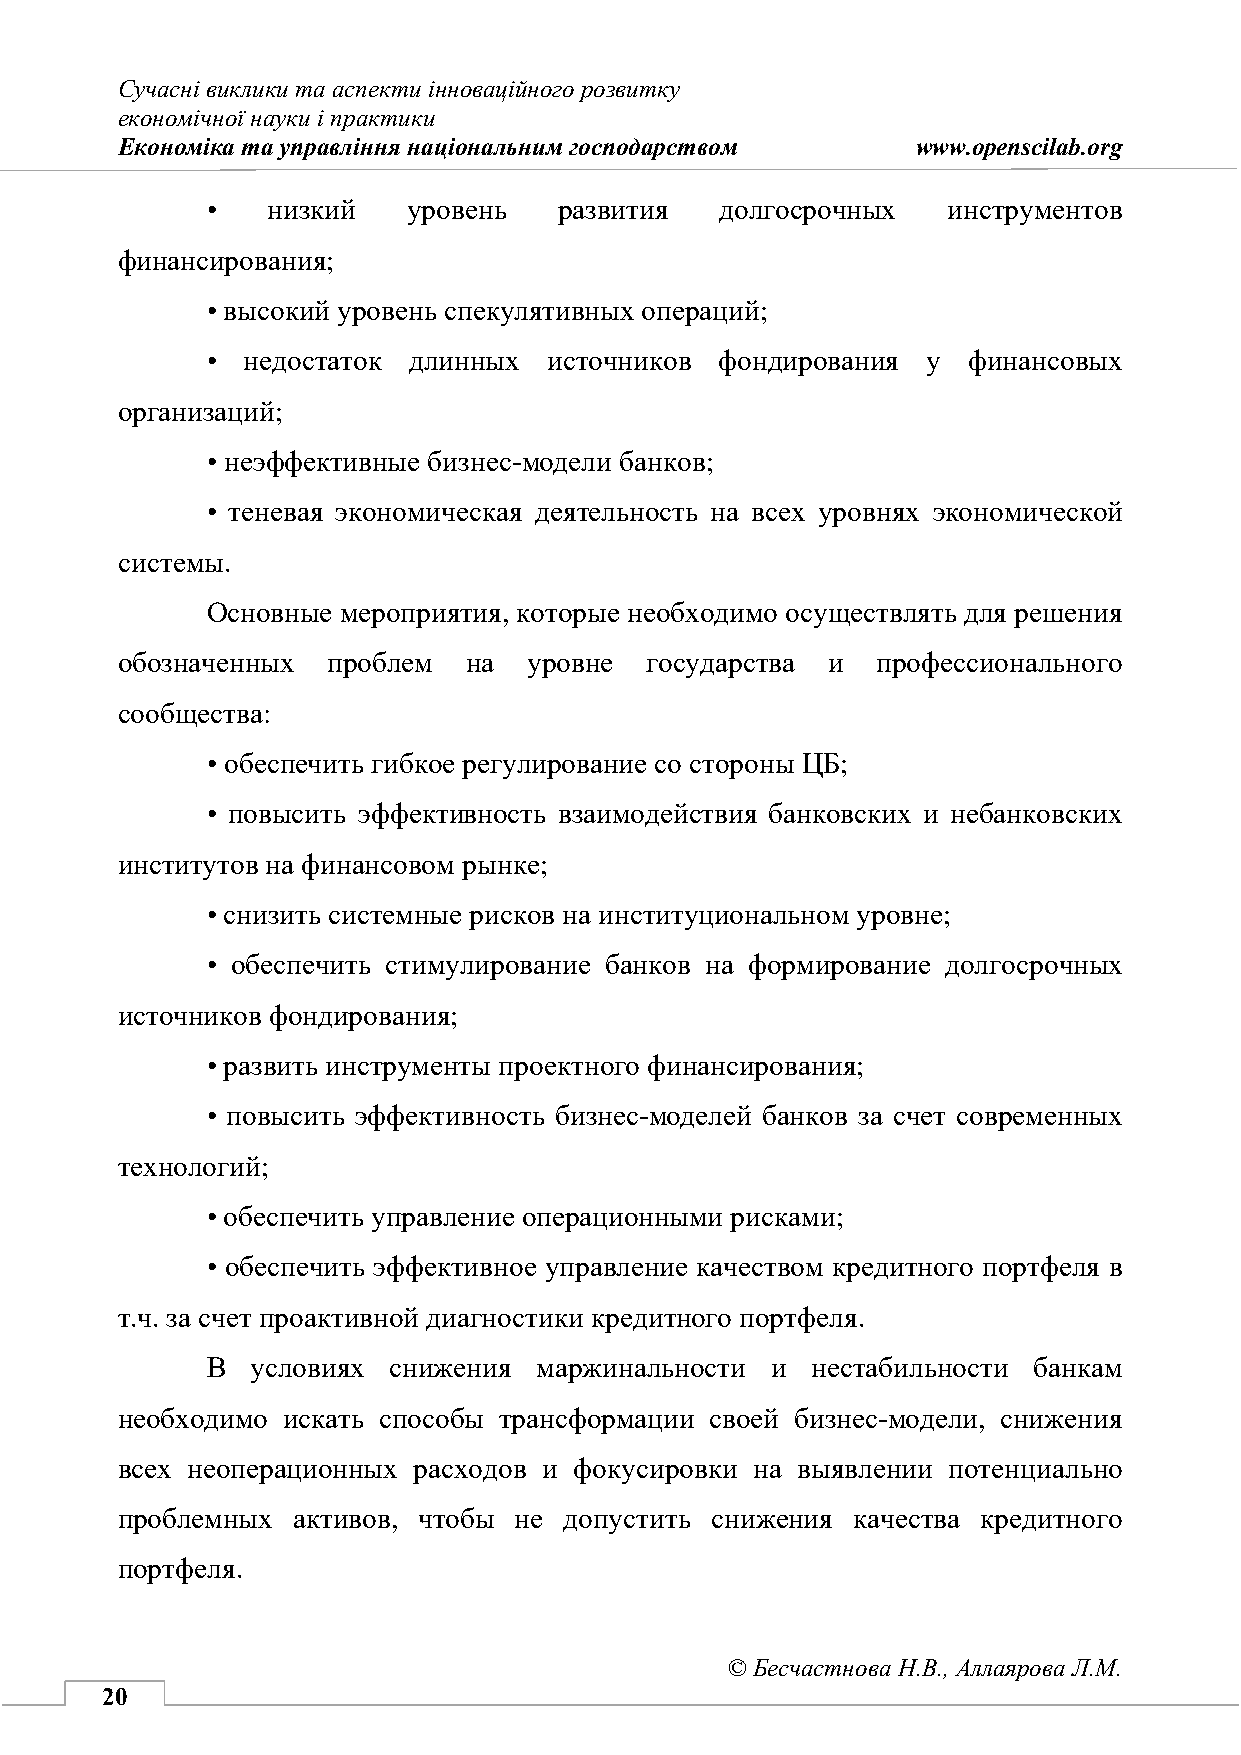
Сучасні виклики та аспекти інноваційного розвитку
 економічної науки і практики
 Економіка та управління національним господарством   www.openscilab.org
 •   низкий   уровень   развития   долгосрочных   инструментов
 финансирования;
 • высокий уровень спекулятивных операций;
 • недостаток длинных  источников  фондирования у  финансовых
 организаций;
 • неэффективные бизнес-модели банков;
 • теневая экономическая деятельность на всех уровнях экономической
 системы.
 Основные мероприятия, которые необходимо осуществлять для решения
 обозначенных  проблем  на  уровне  государства и  профессионального
 сообщества:
 • обеспечить гибкое регулирование со стороны ЦБ;
 • повысить эффективность взаимодействия банковских и небанковских
 институтов на финансовом рынке;
 • снизить системные рисков на институциональном уровне;
 • обеспечить стимулирование банков на формирование долгосрочных
 источников фондирования;
 • развить инструменты проектного финансирования;
 • повысить эффективность бизнес-моделей банков за счет современных
 технологий;
 • обеспечить управление операционными рисками;
 • обеспечить эффективное управление качеством кредитного портфеля в
 т.ч. за счет проактивной диагностики кредитного портфеля.
 В  условиях снижения  маржинальности и  нестабильности банкам
 необходимо искать способы трансформации своей бизнес-модели, снижения
 всех неоперационных расходов и фокусировки на выявлении потенциально
 проблемных активов, чтобы не допустить снижения качества кредитного
 портфеля.
 © Бесчастнова Н.В., Аллаярова Л.М.
 20